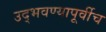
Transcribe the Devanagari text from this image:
उद्भवण्यापूर्वीच